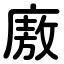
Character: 廒